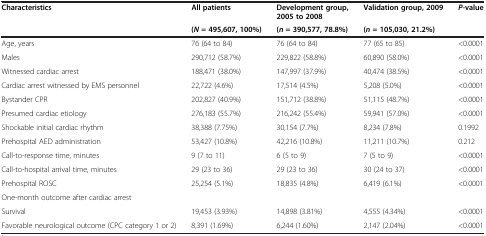
| Characteristics | All patients | Development group, 2005 to 2008 | Validation group, 2009 | P-value |
 |  | (N = 495,607, 100%) | (n = 390,577, 78.8%) | (n = 105,030, 21.2%) |  |
 | --- | --- | --- | --- | --- |
 | Age, years | 76 (64 to 84) | 76 (64 to 84) | 77 (65 to 85) | <0.0001 |
 | Males | 290,712 (58.7%) | 229,822 (58.8%) | 60,890 (58.0%) | <0.0001 |
 | Witnessed cardiac arrest | 188,471 (38.0%) | 147,997 (37.9%) | 40,474 (38.5%) | <0.0001 |
 | Cardiac arrest witnessed by EMS personnel | 22,722 (4.6%) | 17,514 (4.5%) | 5,208 (5.0%) | <0.0001 |
 | Bystander CPR | 202,827 (40.9%) | 151,712 (38.8%) | 51,115 (48.7%) | <0.0001 |
 | Presumed cardiac etiology | 276,183 (55.7%) | 216,242 (55.4%) | 59,941 (57.0%) | <0.0001 |
 | Shockable initial cardiac rhythm | 38,388 (7.75%) | 30,154 (7.7%) | 8,234 (7.8%) | 0.1992 |
 | Prehospital AED administration | 53,427 (10.8%) | 42,216 (10.8%) | 11,211 (10.7%) | 0.212 |
 | Call-to-response time, minutes | 9 (7 to 11) | 6 (5 to 9) | 7 (5 to 9) | <0.0001 |
 | Call-to-hospital arrival time, minutes | 29 (23 to 36) | 29 (23 to 36) | 30 (24 to 37) | <0.0001 |
 | Prehospital ROSC | 25,254 (5.1%) | 18,835 (4.8%) | 6,419 (6.1%) | <0.0001 |
 | <COLSPAN=5> One-month outcome after cardiac arrest |
 | Survival | 19,453 (3.93%) | 14,898 (3.81%) | 4,555 (4.34%) | <0.0001 |
 | Favorable neurological outcome (CPC category 1 or 2) | 8,391 (1.69%) | 6,244 (1.60%) | 2,147 (2.04%) | <0.0001 |